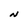
Character: N